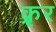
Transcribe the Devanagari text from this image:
क्रृर